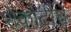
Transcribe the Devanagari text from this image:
शेकोटीचे